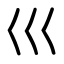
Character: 巛